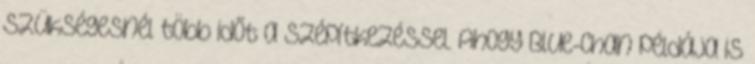
szükségesnél több időt a szépítkezéssel. Ahogy Blue-chan példája is